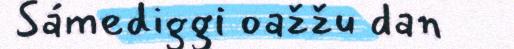
Sámediggi oažžu dan